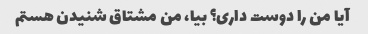
آیا من را دوست داری؟ بیا، من مشتاق شنیدن هستم